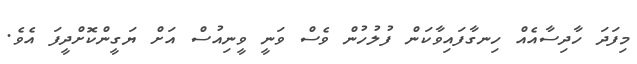
މިފަދަ ހާދިސާއެއް ހިނގާފައިވާކަން ފުލުހުން ވެސް ވަނީ ވީނިއުސް އަށް ޔަގީންކޮށްދީފަ އެވެ.